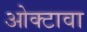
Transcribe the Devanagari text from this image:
ओक्टावा